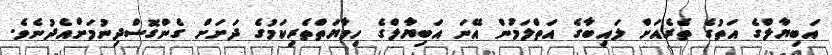
އަބިޔާލްގެ އަތުގެ ތެރެއަށް ލައިބާގެ އަތްލަމުން އޭނަ އަބިޔާލްގެ ހިމާޔަތްތެރިކަމުގެ ދަށަށް ގެންގޮސްދިނުމަށްއެދުނެވެ.